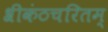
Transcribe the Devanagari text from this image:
श्रीकंठचरितम्‌